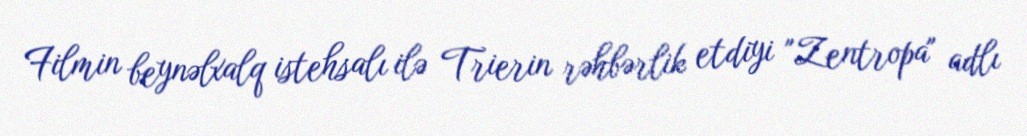
Filmin beynəlxalq istehsalı ilə Trierin rəhbərlik etdiyi "Zentropa" adlı